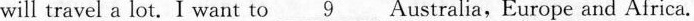
will travel a lot.I want to \underline{9} Australia,Europe and Africa.